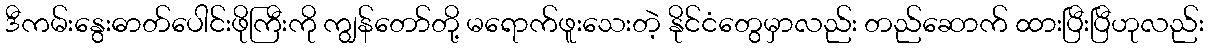
ဒီကမ်းနွေးဓာတ်ပေါင်းဖိုကြီးကို ကျွန်တော်တို့ မရောက်ဖူးသေးတဲ့ နိုင်ငံတွေမှာလည်း တည်ဆောက် ထားပြီးပြီဟုလည်း